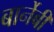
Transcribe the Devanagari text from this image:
बार्नेबी